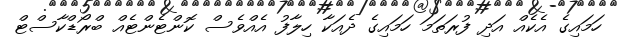
ހަމައިގެ އެކެއް އަދި ފުރަތަމަ ހަމައިގެ ދެއަކާ ހިލާފު އެއްވެސް ކޮންޓެންޓެއް ބްރޯޑްކާސްޓް